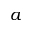
a